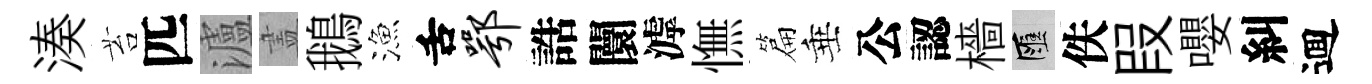
湊苔匹瀘𥁞鵝漁舌鄂誥闤滹憮篇垂公認檣匯佚叚嚶糾逥